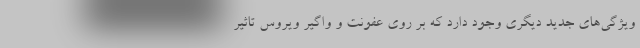
ویژگی‌های جدید دیگری وجود دارد که بر روی عفونت و واگیر ویروس تاثیر